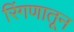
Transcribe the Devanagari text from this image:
रिंगणातून